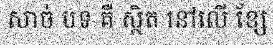
សាច់ បទ គឺ ស្ថិត នៅលើ ខ្សែ